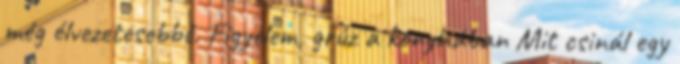
még élvezetesebbé. Figyelem, grúz a konyhában Mit csinál egy